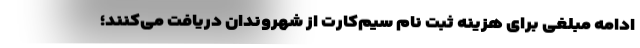
ادامه مبلغی برای هزینه ثبت‌ نام سیم‌کارت از شهروندان دریافت می‌کنند؛